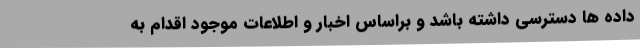
داده ها دسترسی داشته باشد و براساس اخبار و اطلاعات موجود اقدام به